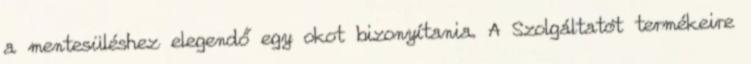
a mentesüléshez elegendő egy okot bizonyítania. A Szolgáltatót termékeire